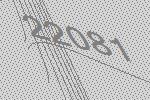
22081